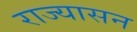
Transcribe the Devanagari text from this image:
राज्यासन